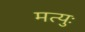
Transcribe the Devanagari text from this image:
मत्युः